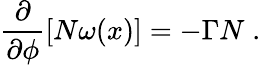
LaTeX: \frac{\partial}{\partial\phi}[N\omega(x)]=-\Gamma N\; .